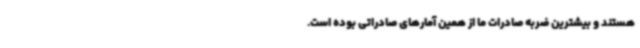
هستند و بیشترین ضربه صادرات ما از همین آمارهای صادراتی بوده است.